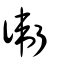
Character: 衞